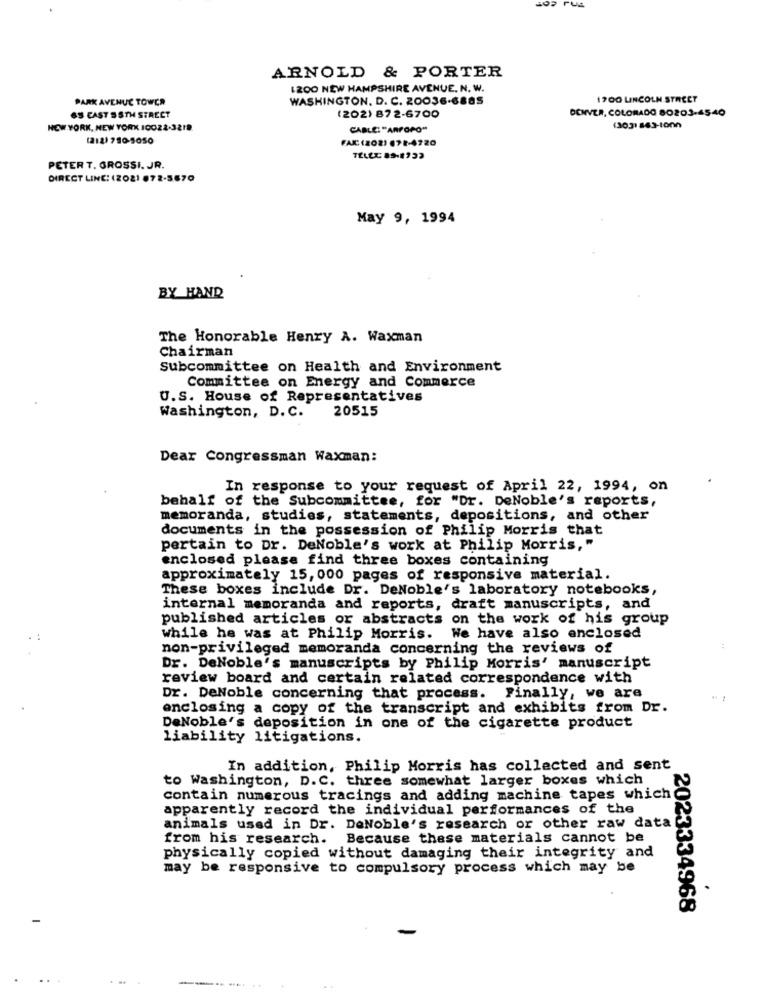
ARNOLD & PORTER
LZOO NEW HAMPSHIRE AVENUE, N. W.
PARK AVENUE TOWER
WASHINGTON, D. C. 20036-6885
1700 LINCOLN STREET
DENVER, COLORADO 80203-4540
6S CAST SSTH STREET
(202) 87 2-6700
NEW YORK, NEW YORK ICO22-3218
CABLE: "ARPOPO"
(303) 863-1000
(212) 780 5050
FAX:(202) (71-4720
PETER T. GROSSI. JR.
DIRECT LINE: (2021 872-5670
May 9, 1994
BY HAND
The Honorable Henry A. Waxman
Chairman
Subcommittee on Health and Environment
Committee on Energy and Commerce
U.S. House of Representatives
Washington, D. C.
20515
Dear Congressman Waxman:
In response to your request of April 22, 1994, on
behalf of the Subcommittee, for "Dr. DeNoble's reports,
memoranda, studies, statements, depositions, and other
documents in the possession of Philip Morris that
pertain to Dr. DeNoble's work at Philip Morris,"
enclosed please find three boxes containing
approximately 15, 000 pages of responsive material.
These boxes include Dr. DeNoble's laboratory notebooks,
internal memoranda and reports, draft manuscripts, and
published articles or abstracts on the work of his group
while he was at Philip Morris. We have also enclosed
non-privileged memoranda concerning the reviews of
:
Dr. DeNoble's manuscripts by Philip Morris' manuscript
review board and certain related correspondence with
Dr. DeNoble concerning that process.
Finally, we are
enclosing a copy of the transcript and exhibits from Dr.
DeNoble's deposition in one of the cigarette product
liability litigations.
In addition, Philip Morris has collected and sent
to Washington, D.C. three somewhat larger boxes which
contain numerous tracings and adding machine tapes which
apparently record the individual performances of the
animals used in Dr. DeNoble's research or other raw data
from his research. Because these materials cannot be
physically copied without damaging their integrity and
may be responsive to compulsory process which may be
2023334968
---. .....